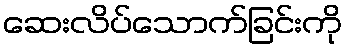
ဆေးလိပ်သောက်ခြင်းကို